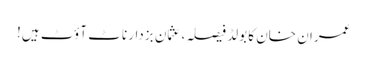
عمران خان کا بولڈ فیصلہ، عثمان بزدار ناٹ آؤٹ ہیں!